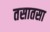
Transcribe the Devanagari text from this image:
तसातसा